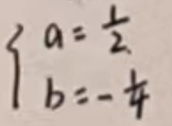
\begin{cases}
a = \frac{1}{2}\\
b = -\frac{1}{4}
\end{cases}